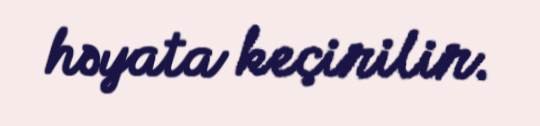
həyata keçirilir.